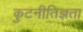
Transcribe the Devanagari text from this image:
कुटनीतिज्ञता